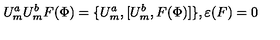
U _ { m } ^ { a } U _ { m } ^ { b } F ( \Phi ) = \{ U _ { m } ^ { a } , { [ } U _ { m } ^ { b } , F ( \Phi ) { ] } \} , \varepsilon ( F ) = 0